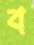
ব